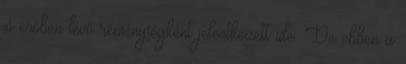
jó erőben lévő reménységként jelentkezett ide. De ebben a